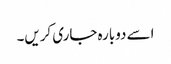
اسے دوبارہ جاری کریں۔